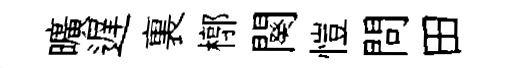
曠遅裏槨闋愷問田